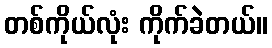
တစ်ကိုယ်လုံး ကိုက်ခဲတယ်။